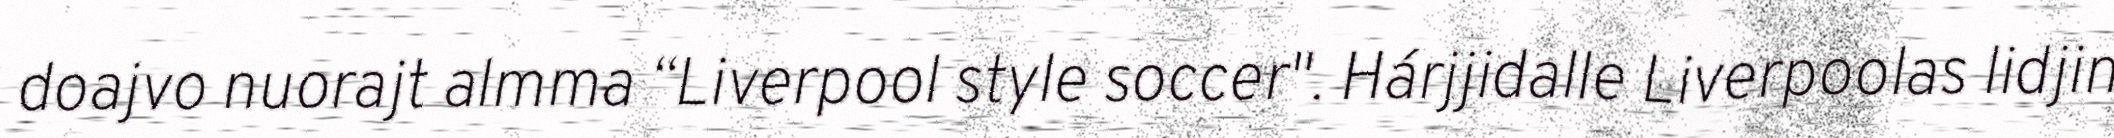
doajvo nuorajt almma “Liverpool style soccer". Hárjjidalle Liverpoolas lidjin